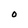
Character: O